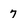
Character: 7